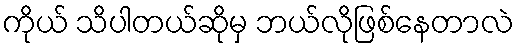
ကိုယ် သိပါတယ်ဆိုမှ ဘယ်လိုဖြစ်နေတာလဲ